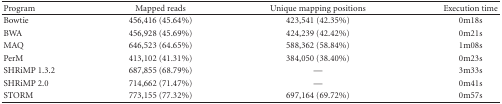
<table><thead><tr><td><b> Program</b></td><td><b> Mapped reads</b></td><td><b> Unique mapping positions</b></td><td><b> Execution time</b></td></tr></thead><tbody><tr><td> Bowtie</td><td> 456,416 (45.64%)</td><td> 423,541 (42.35%)</td><td> 0m18s</td></tr><tr><td> BWA</td><td> 456,928 (45.69%)</td><td> 424,239 (42.42%)</td><td> 0m21s</td></tr><tr><td> MAQ</td><td> 646,523 (64.65%)</td><td> 588,362 (58.84%)</td><td> 1m08s</td></tr><tr><td> PerM</td><td> 413,102 (41.31%)</td><td> 384,050 (38.40%)</td><td> 0m23s</td></tr><tr><td> SHRiMP 1.3.2</td><td> 687,855 (68.79%)</td><td>—</td><td>3m33s</td></tr><tr><td> SHRiMP 2.0</td><td> 714,662 (71.47%)</td><td>—</td><td>0m41s</td></tr><tr><td> STORM</td><td> 773,155 (77.32%)</td><td> 697,164 (69.72%)</td><td> 0m57s</td></tr></tbody></table>